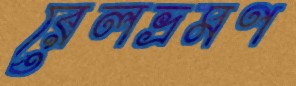
রেলভ্রমণ